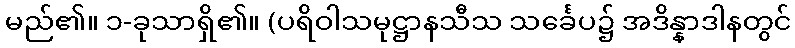
မည်၏။ ၁-ခုသာရှိ၏။ (ပရိဝါသမုဋ္ဌာနသီသ သင်္ခေပ၌ အဒိန္နာဒါနတွင်